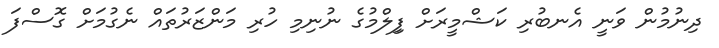
ދިނުމުން ވަނީ އެނބުރި ކަޝްމީރަށް ފިިލްމުގެ ނުނިމި ހުރި މަންޒަރުތައް ނެގުމަށް ގޮސްފަ